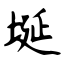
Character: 埏